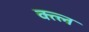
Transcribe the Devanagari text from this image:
क्त्ल